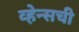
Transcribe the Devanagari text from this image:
व्हेन्सची